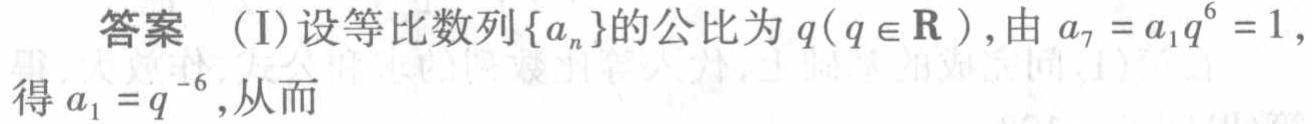
答案 (I)设等比数列\(\{a_{n}\}\)的公比为\(q(q\in\mathbf{R})\),由\(a_{7}=a_{1}q^{6}=1\),得\(a_{1}=q^{-6}\),从而